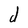
Character: d